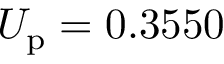
U _ { \mathrm { p } } = 0 . 3 5 5 0